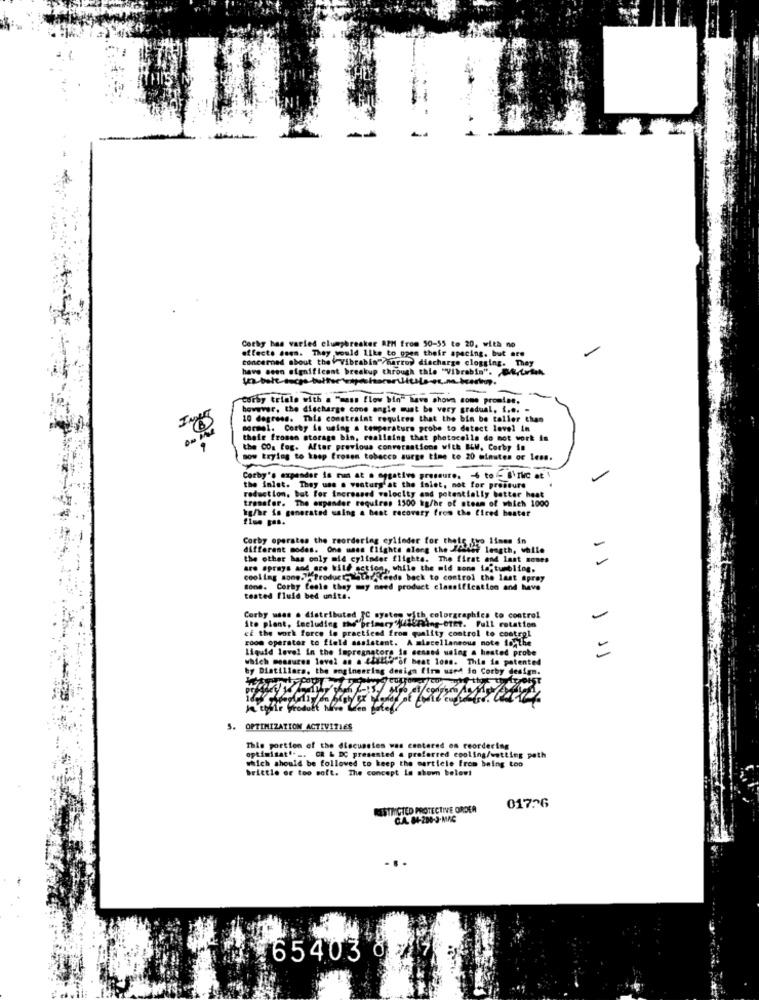
Corby bas varied clumpbreaker RPM from 50-55 to 20, with no
effects seen. They would like to open their spacing, but are
concerned about the \ Vibrabin"/harroy discharge clogging. They
have seen significant breakup through this "Vibrabin". Bf,Llen
corby triele with a "mass flow bin" have shown come promise.
however, the discharge cone angle must be very gradual, { ... .
10 degress. This constraint requires that the bin be taller than
mormol. Corby is using a temperature probe to detect level in
their froman storage bin, reallaing that photocells do not work in
the COa fog. After previous conversations with BLW, Corby in
now trying to koop frosen tobacco surge time to 20 minutes or less.
Corby's expander is na at a negative pressure. 6 to - 8\rkc at
the inlet. They une . ventury at the inlet, not for pressure
transfer. The expander requires 1500 kg/hr of steam of which 1000
reduction, but For increased velocity and potentially better heat
kg/hr is generated using a heat recovery from the fired heater
Corby operates the reordering cylinder for theis gyo lines in
different modes. One unes flights along the isher length, while
the other has only mld cylinder flights. The first and last nones
are sprays and are bild action ,, while the mid sone la. tumbling,
cooling song. . Product Tatar feeds back to control the last spray
Bone. Corby fesle they my need product classification and have
tested fluid bed units.
Corby waas . distributed FC system with colorgraphics to control
ito plant, including the"primery'{/SURing-01Et. Full rotation
cf the work force io practiced from quality control to control
room operator to field assistant. A miscellaneous note to- the
liquid love! in the Impregnators in cenand weing a heated probe
-
11
which measures lovel an a faitde of beat lons. This is patented
by Diatillara, the engineering design firm used in Corby design
. OPTIMIZATION ACTIVITIES
This portion of the discussies was centered on reordering
optimisat .. .. OR & DC presented a preferred epoling/wetting path
which should be followed to keep the marticle from being too
brittle er too soft. The concept is shown below!
017:26
STRICTED PROTECTIVE ORDER
C.A. 84-200-3-MAC
65403 9;